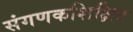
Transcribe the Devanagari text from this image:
संगणकशिक्षित